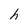
Character: h